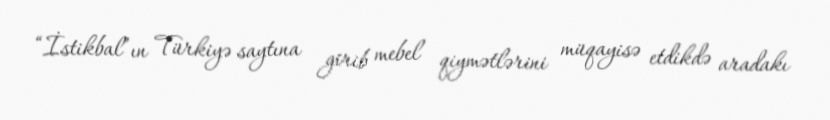
“İstikbal”ın Türkiyə saytına girib mebel qiymətlərini müqayisə etdikdə aradakı